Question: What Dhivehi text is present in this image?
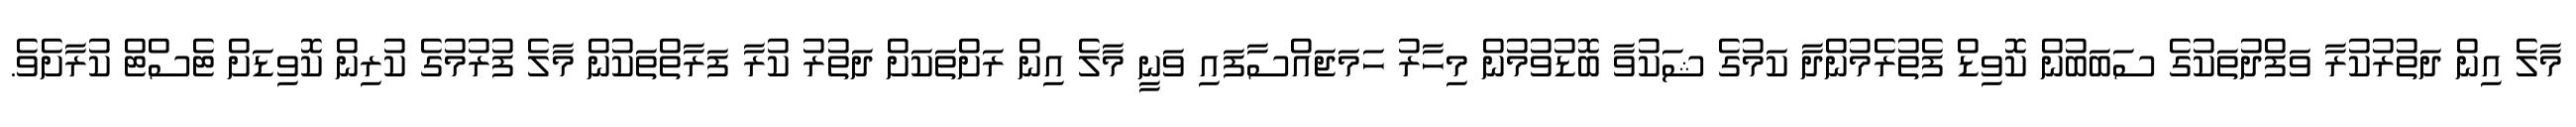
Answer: މާލެ އިން ދަތުރުކުރާ ވަފްދުތަކުގެ ސަބަބުން ކޮވިޑް ފެތުރެމުންދާ ކަމުގެ ޝަކުވާ ބޮޑުވުމުން މިހާރު ހަމަޖައްސާފައި ވަނީ މާލެ އިން ރަށްތަކަށް ދަތުރު ކުރާ ފަރާތްތަކުން މާލެ ފުރުމުގެ ކުރިން ކޮވިޑަށް ޓެސްޓް ކުރާށެވެ.